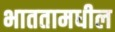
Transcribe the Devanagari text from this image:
भाततामधील